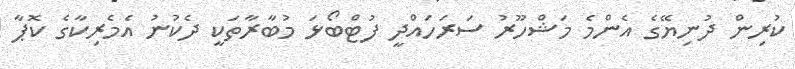
ކުރިން ދުނިޔޭގެ އެންމެ މަޝްހޫރު ސަރަހައްދީ ފުޓްބޯޅަ މުބާރާތަކީ ދެކުނު އެމެރިކާގެ ކޮޕާ